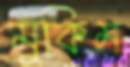
মুকিম